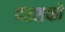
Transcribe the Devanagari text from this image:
दरशको